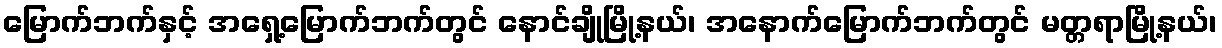
မြောက်ဘက်နှင့် အရှေ့မြောက်ဘက်တွင် နောင်ချိုမြို့နယ်၊ အနောက်မြောက်ဘက်တွင် မတ္တရာမြို့နယ်၊